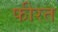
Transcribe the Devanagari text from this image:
फीरत